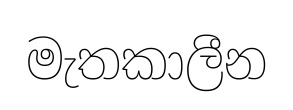
මැතකාලීන